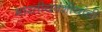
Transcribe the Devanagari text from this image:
भारतीयवंशीयांची